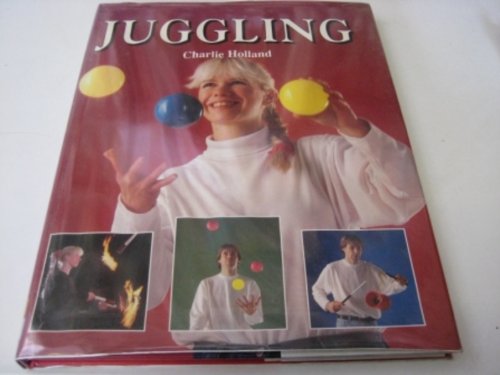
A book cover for Juggling; Charlie Holland; Sports & Outdoors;